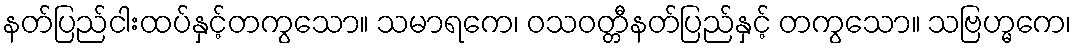
နတ်ပြည်ငါးထပ်နှင့်တကွသော။ သမာရကေ၊ ဝသဝတ္တီနတ်ပြည်နှင့် တကွသော။ သဗြဟ္မကေ၊